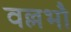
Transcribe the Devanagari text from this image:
वल्लभौ